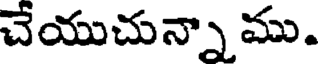
చేయుచున్నా ము.